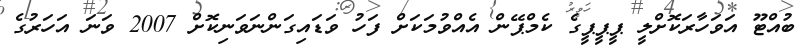
ބުއްޓޫ އަވަހާރަކޮށްލީ ޕީޕީޕީގެ ކެމްޕޭން އެއްވުމަކަށް ފަހު ވަޑައިގަންނަވަނިކޮށް 2007 ވަނަ އަހަރުގެ